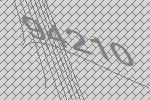
94210